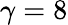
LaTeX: \gamma=8